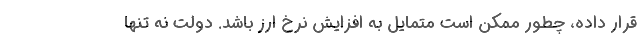
قرار داده، چطور ممکن است متمایل به افزایش نرخ ارز باشد. دولت نه تنها